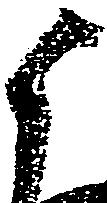
候